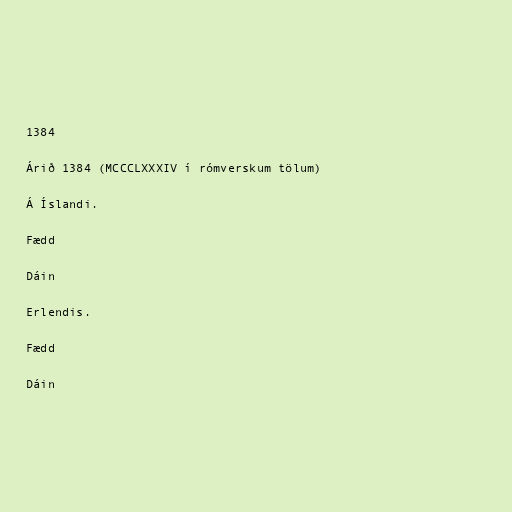
1384

Árið 1384 (MCCCLXXXIV í rómverskum tölum)

Á Íslandi.

Fædd

Dáin

Erlendis.

Fædd

Dáin